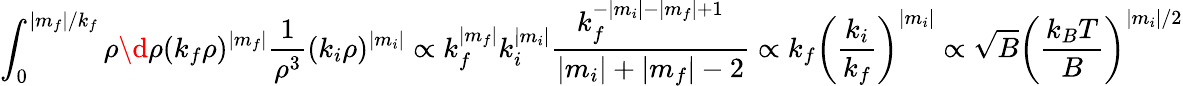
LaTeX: \int_{0}^{\vert m_{f}\vert/k_{f}}\rho\d\rho(k_{f}\rho)^{\vert m_{f}\vert}\frac{1}{\rho^{3}}(k_{i}\rho)^{\vert m_{i}\vert}\propto k_{f}^{\vert m_{f}\vert}k_{i}^{\vert m_{i}\vert}\frac{k_{f}^{-\vert m_{i}\vert-\vert m_{f}\vert+1}}{\vert m_{i}\vert+\vert m_{f}\vert-2}\propto k_{f}\left(\frac{k_{i}}{k_{f}}\right)^{\vert m_{i}\vert}\propto\sqrt{B}\left(\frac{k_{B}T}{B}\right)^{\vert m_{i}\vert/2}